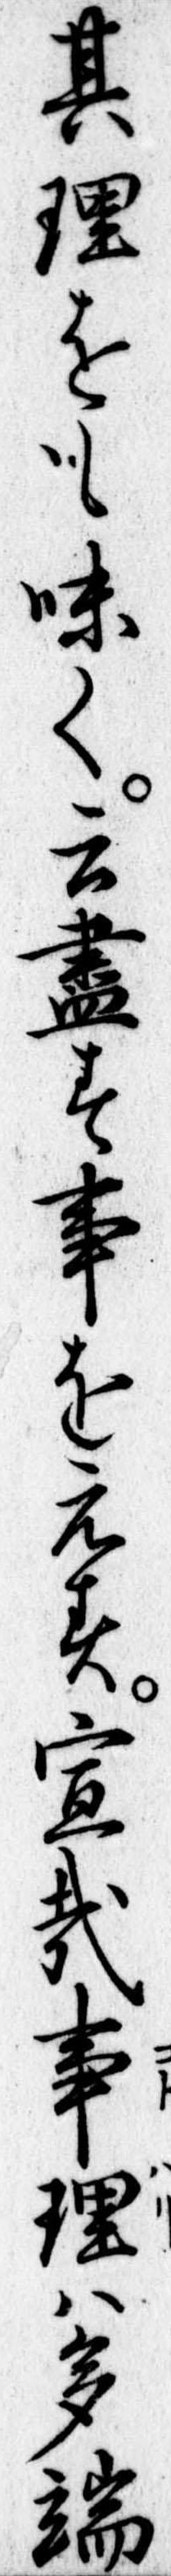
其理をも味く云尽す事をえす宜哉事理は多端